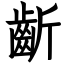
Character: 齗